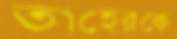
তাহেরকে